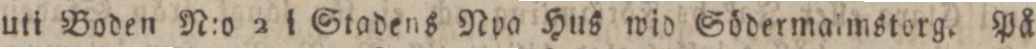
uti Boden N:o 2 i Stadens Npp Hus wid Södermalmstorg. På